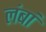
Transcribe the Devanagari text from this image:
लंबां